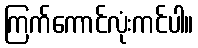
ကြက်ကောင်လုံးကင်ပါ။